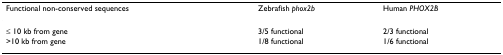
<table><thead><tr><td><b>Functional non-conserved sequences</b></td><td><b>Zebrafish <i>phox2b</i></b></td><td><b>Human <i>PHOX2B</i></b></td></tr></thead><tbody><tr><td>≤ 10 kb from gene</td><td>3/5 functional</td><td>2/3 functional</td></tr><tr><td>&gt;10 kb from gene</td><td>1/8 functional</td><td>1/6 functional</td></tr></tbody></table>